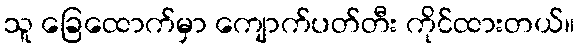
သူ ခြေထောက်မှာ ကျောက်ပတ်တီး ကိုင်ထားတယ်။